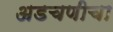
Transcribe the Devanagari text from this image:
अडचणीचा